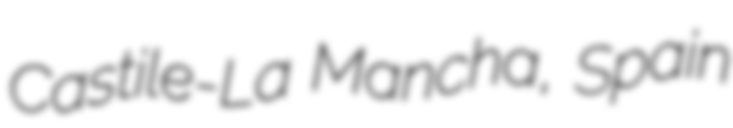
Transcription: Castile-La Mancha, Spain